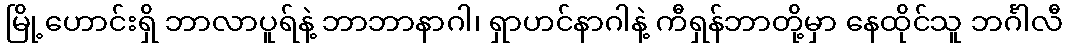
မြို့ဟောင်းရှိ ဘာလာပူရ်နဲ့ ဘာဘာနာဂါ၊ ရှာဟင်နာဂါနဲ့ ကီရှန်ဘာတို့မှာ နေထိုင်သူ ဘင်္ဂါလီ